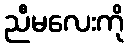
ညီမလေးကို